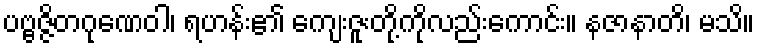
ပဗ္ဗဇ္ဇိတဂုဏေဝါ၊ ရဟန်း၏ ကျေးဇူးတို့ကိုလည်းကောင်း။ နဇာနာတိ၊ မသိ။